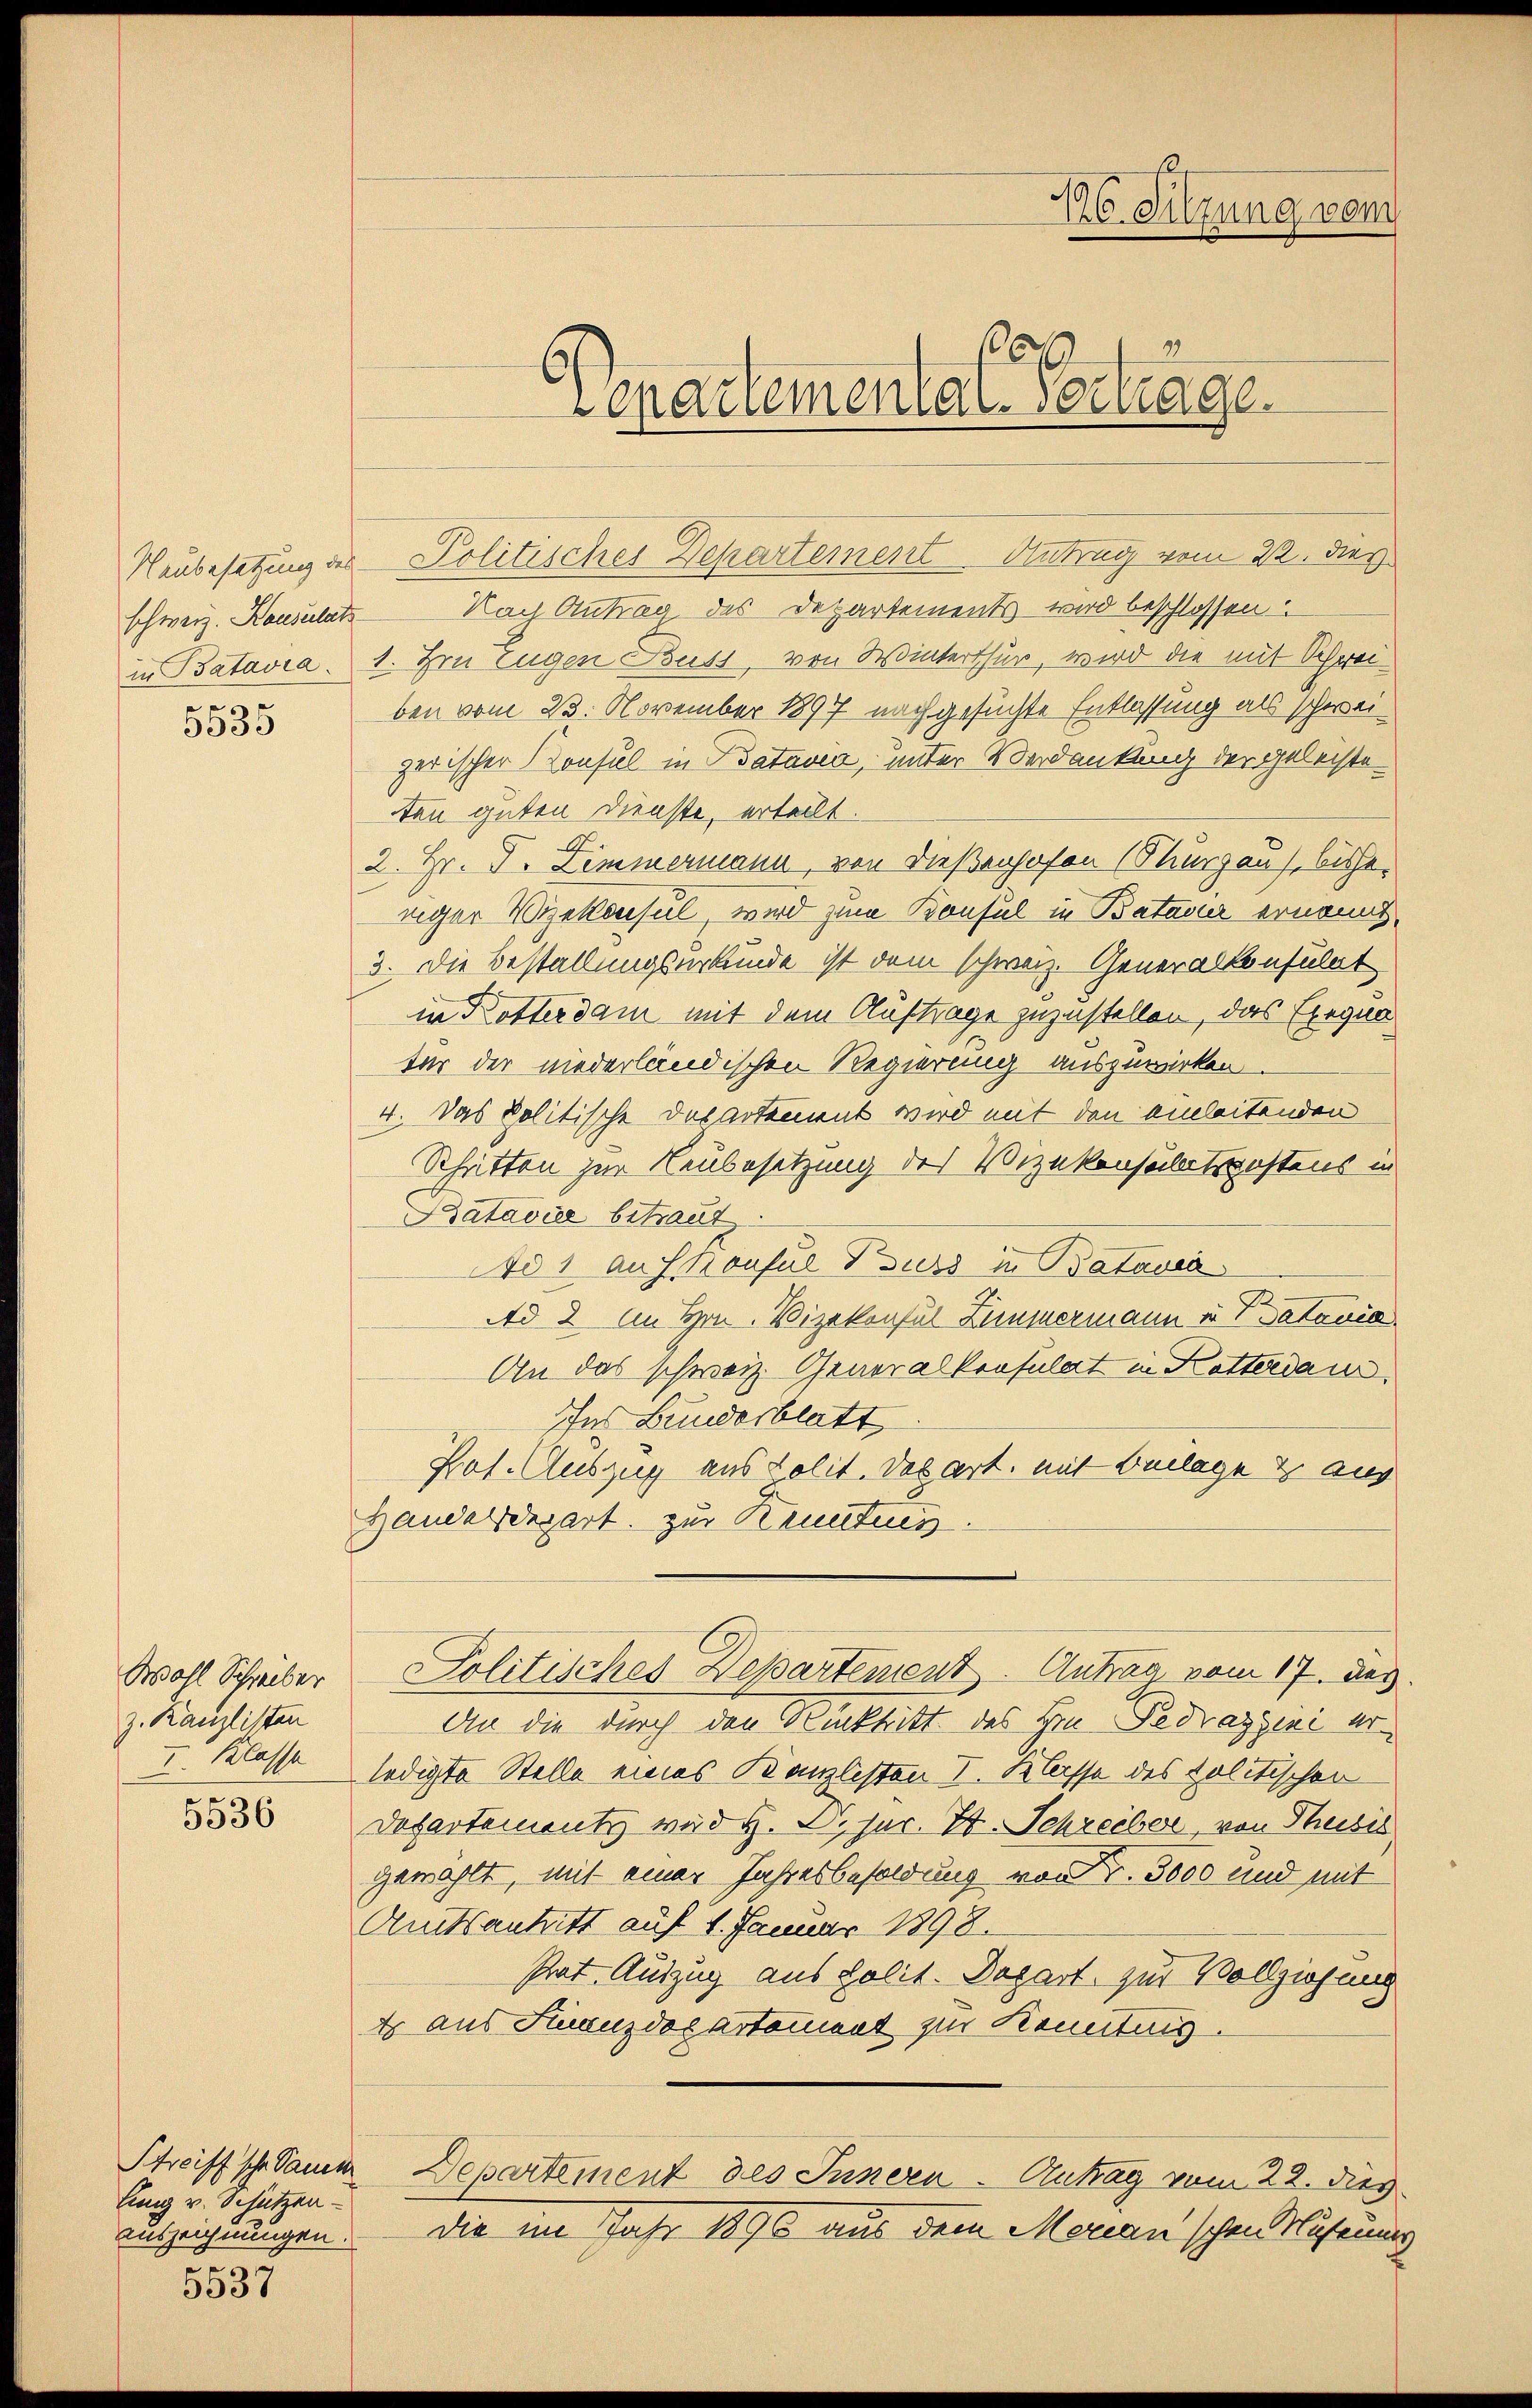
schweiz. Konsulats
2

5535

Wohl Schreiber
z. Kanzlisten
I. Klasse

5536

Streiff sche Samen
lung v. Schützenauszeichnungen.
d

5037

Naubesetzung des Politisches Departement Antrag vom 22. dies
Nach Antrag des Departements wird beschlossen.
in Batavia. 1. Hrn Eugen Butt, von Winterthur, wird die mit Schreiben vom 23. November 1897 nachgesuchte Entlassung als schweizerischer Konsul in Batavia, unter Verdankung der geleisteten guten Dienste, erteilt.
2. Hr. J. Zimmermann, von Dießenhofen (Surgau, bisheriger Vizekonsul, wird zum Konsul in Batavier ernannt.
3. Die Bestallungsurkunde ist dem schweiz. Generalkonsulat
in Rotterdam mit dem Auftrage zuzustellen, das Exequa
ter der niederländischen Regierung auszuwirken
4. Das politische Departement wird mit den anleitenden
Schritten zur Neubesetzung des Vizekonsulatskostens in
Batavise betraut
Ao 1 auf Konsul Burs in Batavia
Ad 2. An Hrn. Vizekonsul Zimmermann von Batavia
An das schweiz. Generalkonsulat in Ketterdaur
Ins Bundesblatt
Prof. Auszug aus Polit. Das art. mit Beilage & aus
Handerenzart zur Reuctus.
Politisches Departement. Antrag vom 17. des
An die durch den Rücktritt des Hrn. Pedragini erledigte Stelle eines Kanzlisten I. Klasse des politischen
Departement wird H. Dr.jur. H. Schreiber, von Thusis
gewählt, mit einer Jahresbesoldung von F. 3000 und mit
Amtsantritt auf 4. Januar 1898.
Prat. Auszug aus Polit. Depart zur Vollziehung
t aus Finanzdocartament zur Kenntnis.
Departement des Inneren Antrag vom 22. dies
die im Jahr 1890 aus dem Morian'schen Museuung

.
Lepauemenial-Vertrage

16. Sitzung vom